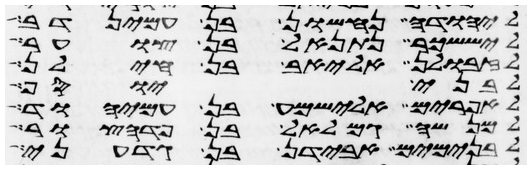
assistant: ליהודה נחשון בן עמינדב
ליששכר נתנאל בן צוער
לזבולן אליאב בן חילן
לבני יוסף
לאפרים אלישמע בן עמיהוד
למנשה גמלאל בן פדהצור
לבנימים אבידן בן גדעוני